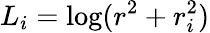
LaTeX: L_{i}=\log(r^{2}+r_{i}^{2})